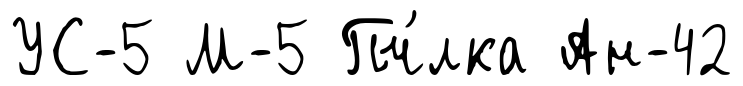
УС-5 М-5 Пч́лка Ан-42